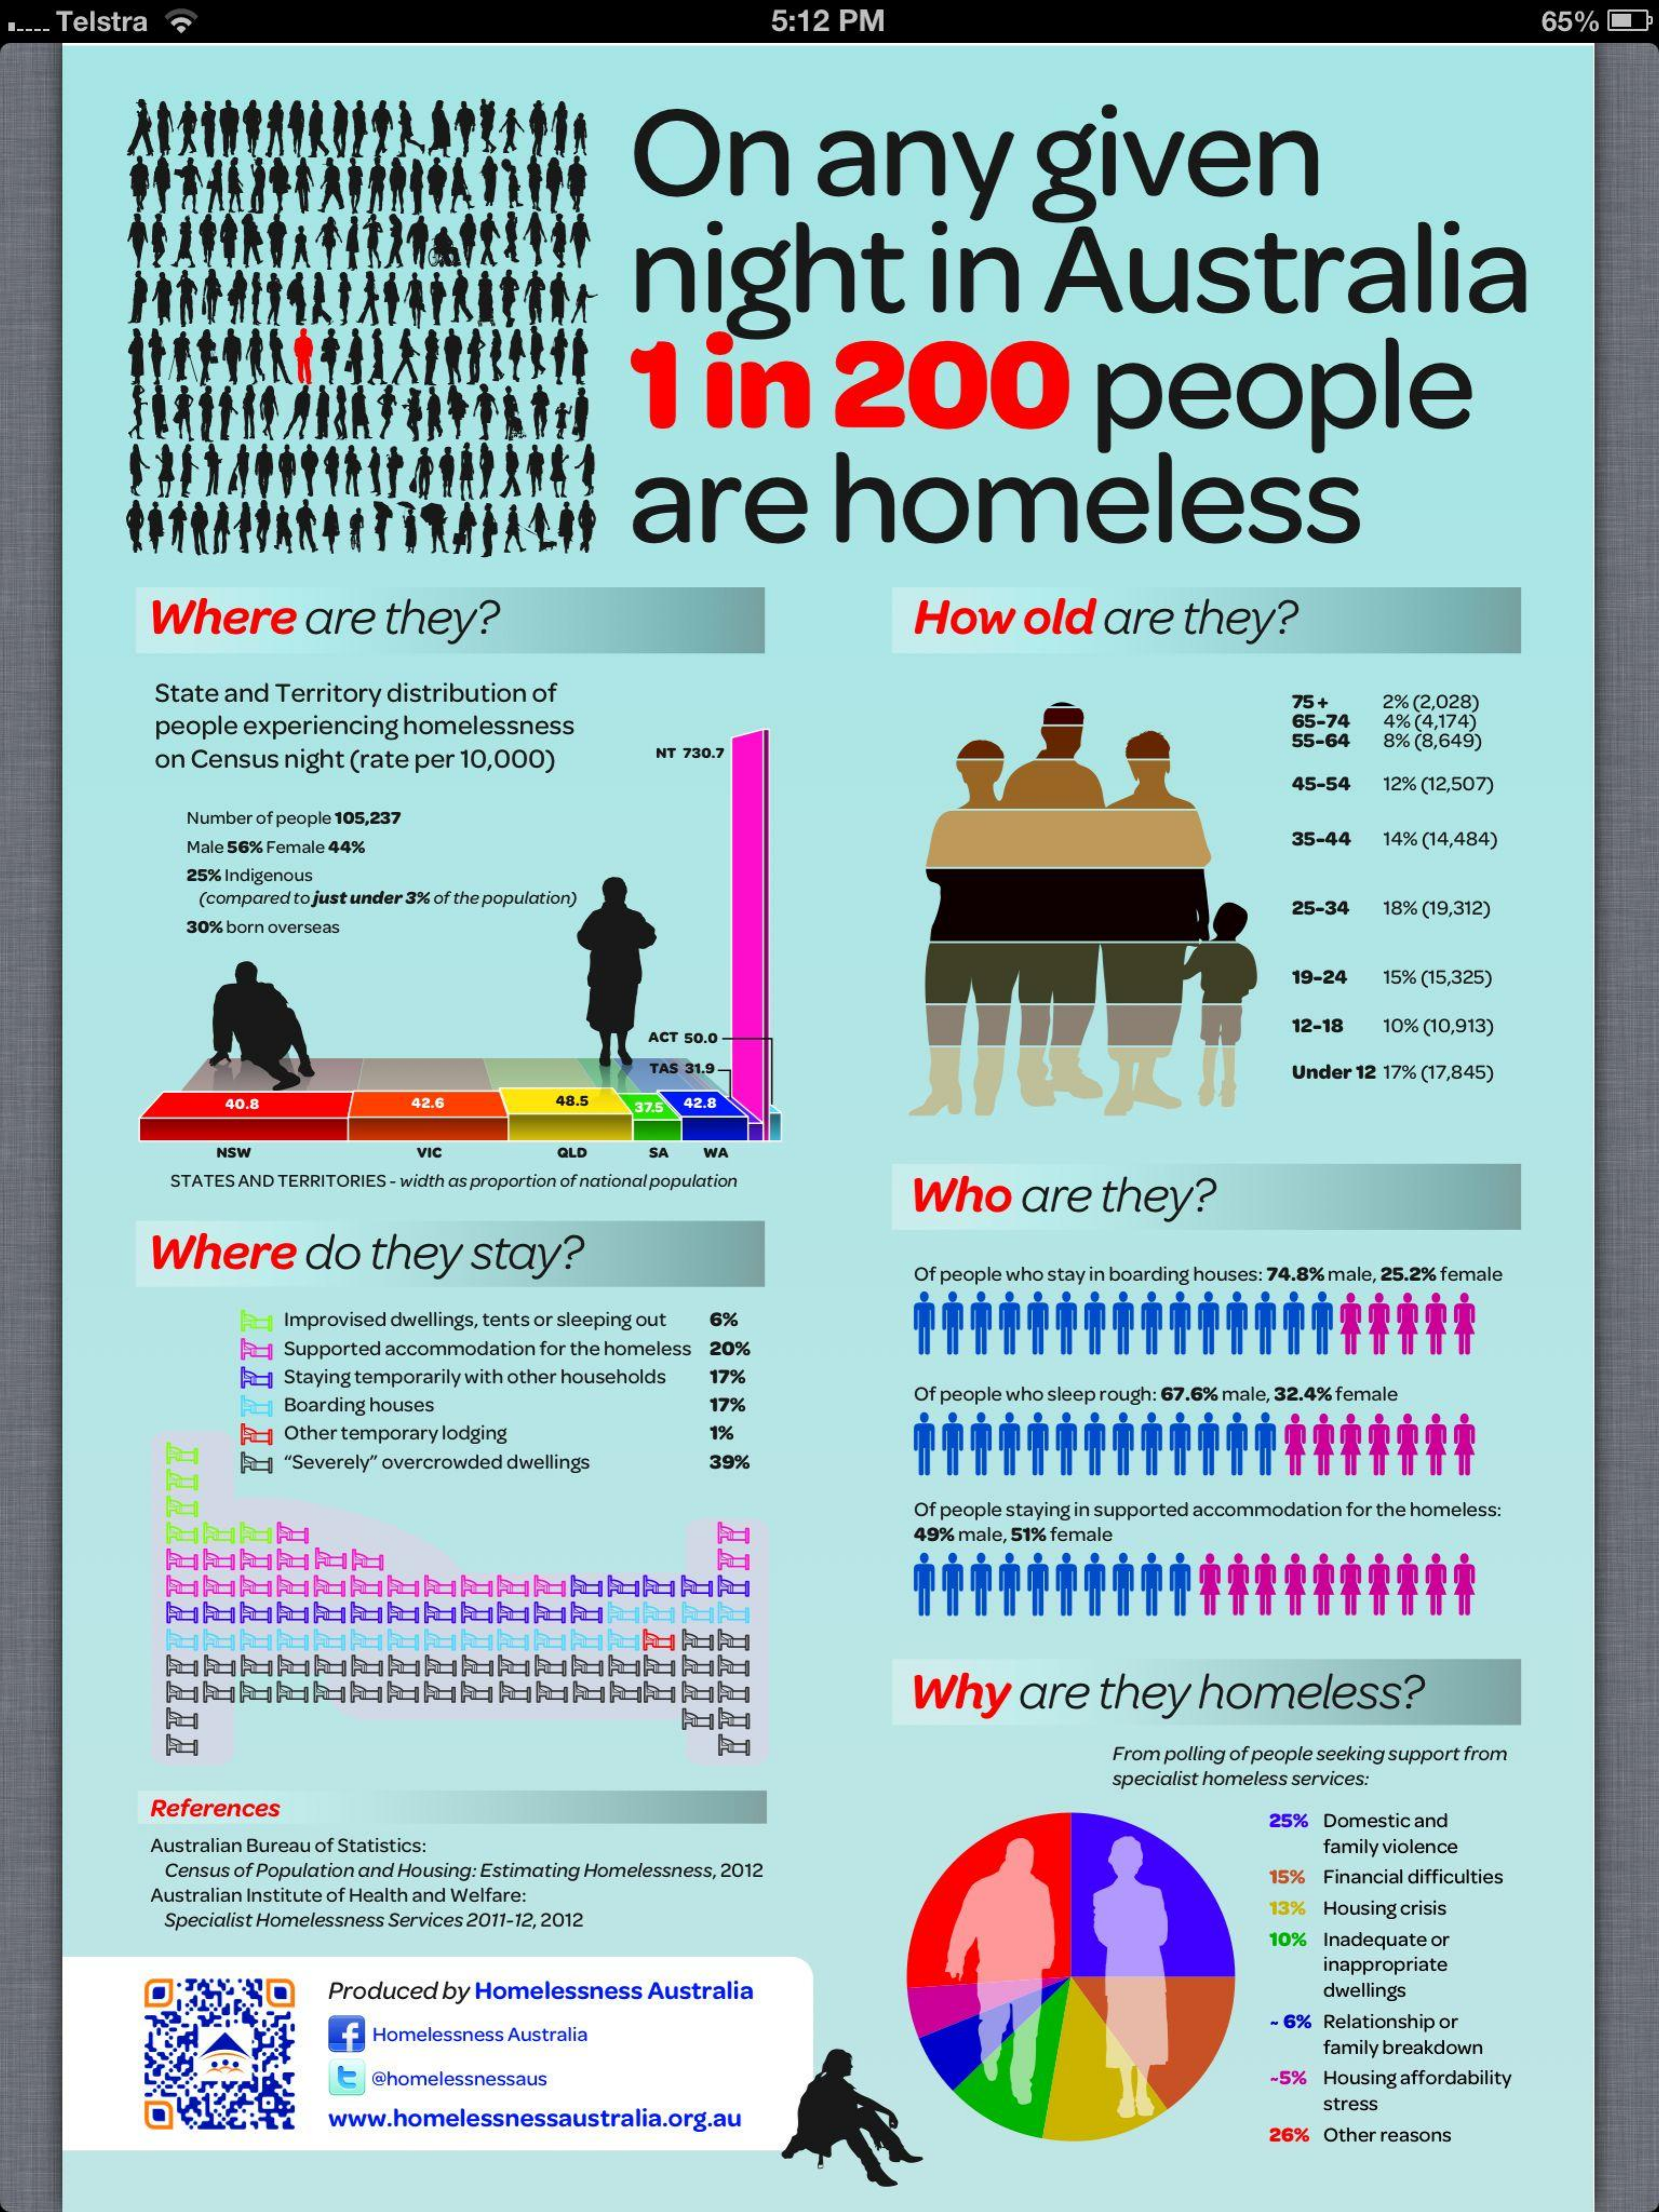
Telstra    5:12 PM    65%
     On    any    given
     night    in    Australia
     1  in    200    people
     are    homeless
     Where   are  they?    How   old are they?
     State and Territory distribution of
     people experiencing homelessness
     75+ 2% (2,028)
     65-74 4% (4,174)
     on Census night (rate per 10,000) NT 730.7
     55-64 8% (8,649)
     45-54 12% (12,507)
     Number of people 105,237
     Male 56% Female 44%    35-44 14% (14,484)
     25% Indigenous
     (compared to just under 3% of the population)
     30% born overseas
     25-34 18% (19,312)
     19-24 15% (15,325)
     ACT 50.0
     12-18 10% (10,913)
     TAS 31.9-    Under 12 17% (17,845)
     40.8    42.6    48.5   42.8
     NSW    VIC    GLO  SA WA
     STATES AND TERRITORIES - width as proportion of national population
     Who   are they?
     Where   do  they stay?
     Of people who stay in boarding houses: 74.8% male, 25.2% female
     1 Improvised dwellings, tents or sleeping out 6%
     1 Supported accommodation for the homeless 20%
     Staying temporarily with other households 17%
     Boarding houses    17%    Of people who sleep rough: 67,6% male, 32,4% female
     R 1 Other temporary lodging
     "Severely" overcrowded dwellings 39%
     Of people staying in supported accommodation for the homeless:
     49% male, 51% female
     hukukukıkılı
     Why  are  they homeless?
     From polling of people seeking support from
     specialist homeless services:
     References
     Australian Bureau of Statistics:
     25% Domestic and
     Census of Population and Housing: Estimating Homelessness, 2012
     family violence
     Australian Institute of Health and Welfare:
     15% Financial difficulties
     Specialist Homelessness Services 2011-12, 2012
     13% Housing crisis
     10% Inadequate or
     Produced by Homelessness Australia
     inappropriate
     dwellings
     f Homelessness Australia
     - 6% Relationship or
     family breakdown
     E @homelessnessaus    -5% Housing affordability
     www.homelessnessaustralia.org.au
     stress
     26% Other reasons